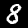
Label: 8